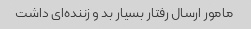
مامور ارسال رفتار بسیار بد و زننده‌ای داشت